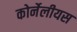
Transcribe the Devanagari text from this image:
कोर्नेलीयस